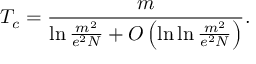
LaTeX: T _ { c } = \frac { m } { \ln \frac { m ^ { 2 } } { e ^ { 2 } N } + O \left( \ln \ln \frac { m ^ { 2 } } { e ^ { 2 } N } \right) } .